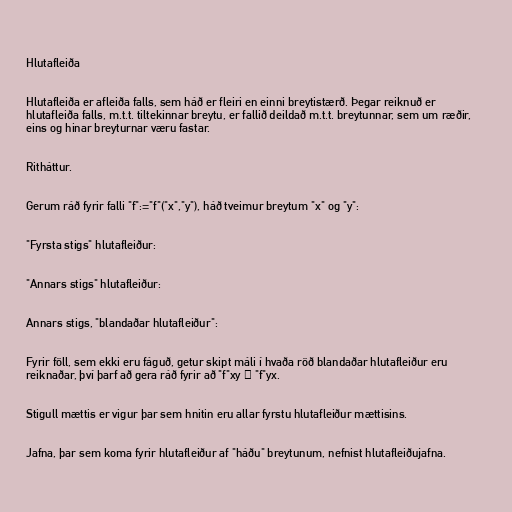
Hlutafleiða

Hlutafleiða er afleiða falls, sem háð er fleiri en einni breytistærð. Þegar reiknuð er
hlutafleiða falls, m.t.t. tiltekinnar breytu, er fallið deildað m.t.t. breytunnar, sem um ræðir,
eins og hinar breyturnar væru fastar.

Ritháttur.

Gerum ráð fyrir falli "f":="f"("x","y"), háð tveimur breytum "x" og "y":

"Fyrsta stigs" hlutafleiður:

"Annars stigs" hlutafleiður:

Annars stigs, "blandaðar hlutafleiður":

Fyrir föll, sem ekki eru fáguð, getur skipt máli í hvaða röð blandaðar hlutafleiður eru
reiknaðar, því þarf að gera ráð fyrir að "f"xy ≠ "f"yx.

Stigull mættis er vigur þar sem hnitin eru allar fyrstu hlutafleiður mættisins.

Jafna, þar sem koma fyrir hlutafleiður af "háðu" breytunum, nefnist hlutafleiðujafna.